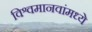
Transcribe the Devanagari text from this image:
विश्वमानवांमध्ये